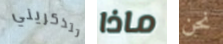
تتذكريني ماذا نحن